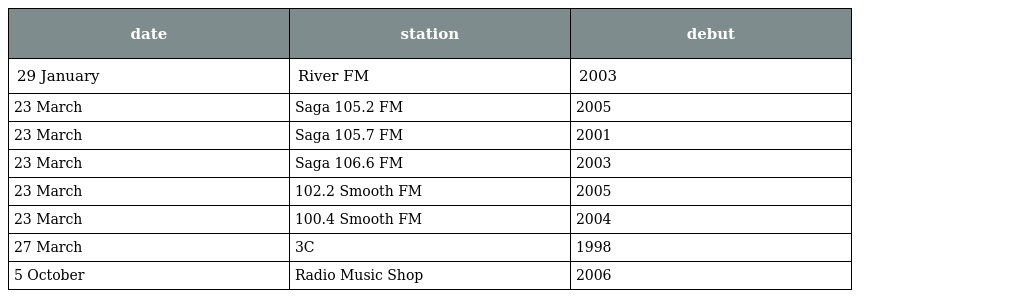
| date | station | debut |
 | --- | --- | --- |
 | 29 January | River FM | 2003 |
 | 23 March | Saga 105.2 FM | 2005 |
 | 23 March | Saga 105.7 FM | 2001 |
 | 23 March | Saga 106.6 FM | 2003 |
 | 23 March | 102.2 Smooth FM | 2005 |
 | 23 March | 100.4 Smooth FM | 2004 |
 | 27 March | 3C | 1998 |
 | 5 October | Radio Music Shop | 2006 |